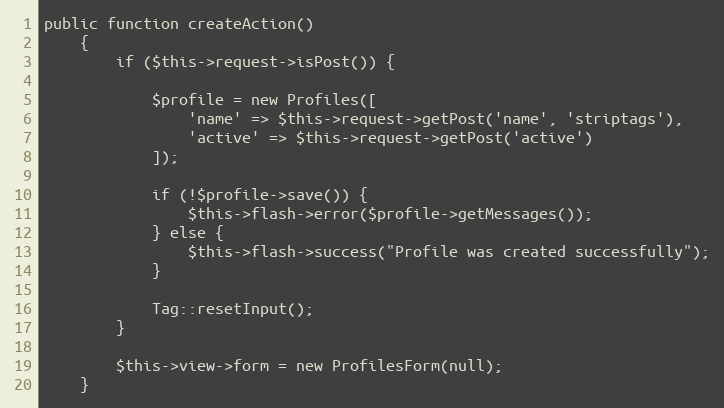
Language: PHP
public function createAction()
    {
        if ($this->request->isPost()) {

            $profile = new Profiles([
                'name' => $this->request->getPost('name', 'striptags'),
                'active' => $this->request->getPost('active')
            ]);

            if (!$profile->save()) {
                $this->flash->error($profile->getMessages());
            } else {
                $this->flash->success("Profile was created successfully");
            }

            Tag::resetInput();
        }

        $this->view->form = new ProfilesForm(null);
    }